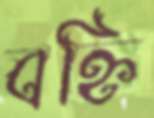
বহ্নি